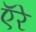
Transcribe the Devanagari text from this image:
ऍरे